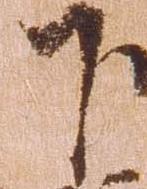
下